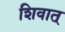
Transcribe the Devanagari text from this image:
शिवात्